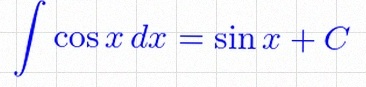
\int \cos x\,dx=\sin x+C